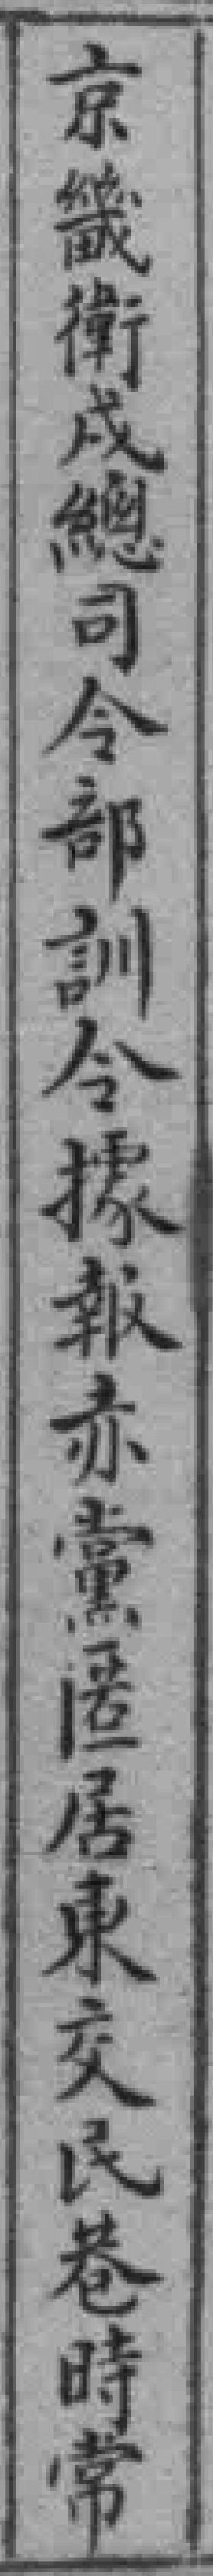
京畿衛成總司今部訓令據報赤黨匿居東交民巷時常